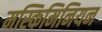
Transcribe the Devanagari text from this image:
मस्किमिनियन